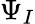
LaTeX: \Psi_{I}